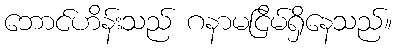
ဘောင်ဟိန်းသည် ဂနာမငြိမ်ရှိနေသည်။